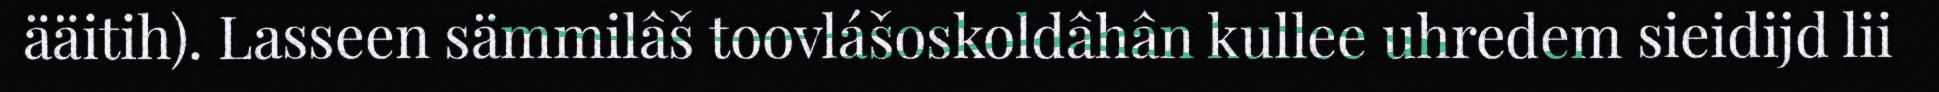
ääitih). Lasseen sämmilâš toovlášoskoldâhân kullee uhredem sieidijd lii